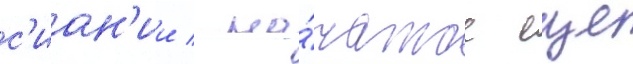
с'иан'ии / на́чатое еще